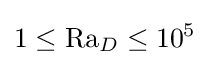
1\leq \mathrm {Ra} _{D}\leq 10^{5}